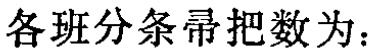
各班分条帚把数为：